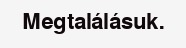
Megtalálásuk.